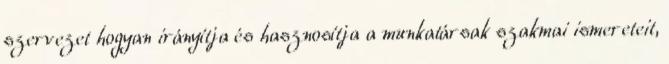
szervezet hogyan irányítja és hasznosítja a munkatársak szakmai ismereteit,